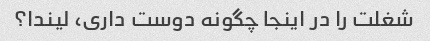
شغلت را در اینجا چگونه دوست داری، لیندا؟